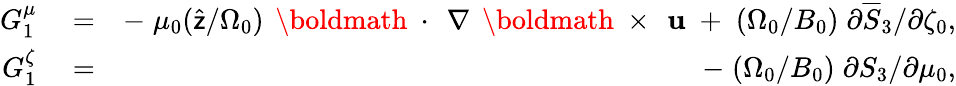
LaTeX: \begin{array}{rlr}{G_{1}^{\mu}}&{{}=}&{-\; \mu_{0}(\widehat{\sf z}/\Omega_{0})\, \mathrm{~\boldmath~\cdot~}\, \nabla\, \mathrm{~\boldmath~\times~}\, {\mathbf u}\; +\; (\Omega_{0}/B_{0})\; \partial\overline{{S}}_{3}/\partial\zeta_{0},}\\ {G_{1}^{\zeta}}&{{}=}&{-\; (\Omega_{0}/B_{0})\; \partial S_{3}/\partial\mu_{0},}\end{array}